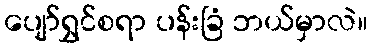
ပျော်ရွှင်စရာ ပန်းခြံ ဘယ်မှာလဲ။